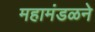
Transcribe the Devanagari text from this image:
महामंडळने